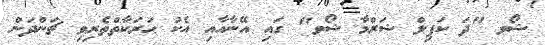
ޝޯވ "ދަ ކަޕިލް ޝަރްމާ ޝޯވ" ގައި އޭނާއާއި އެކު ޙަރަކާތްތެރިވި ޗަންދަން